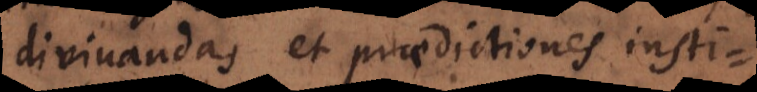
divinandas et praedictiones insti